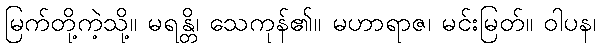
မြက်တို့ကဲ့သို့။ မရန္တိ၊ သေကုန်၏။ မဟာရာဇ၊ မင်းမြတ်။ ဝါပန၊